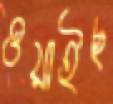
ওয়াইছ